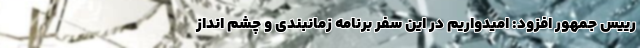
رییس جمهور افزود: امیدواریم در این سفر برنامه زمانبندی و چشم انداز